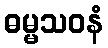
ဓမ္မသဝနံ